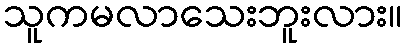
သူကမလာသေးဘူးလား။